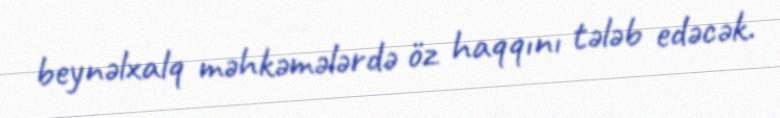
beynəlxalq məhkəmələrdə öz haqqını tələb edəcək.